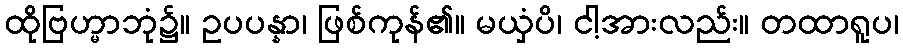
ထိုဗြဟ္မာဘုံ၌။ ဥပပန္နာ၊ ဖြစ်ကုန်၏။ မယှံပိ၊ ငါ့အားလည်း။ တထာရူပ၊